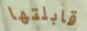
قابلتها